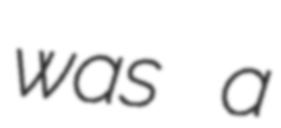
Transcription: was a